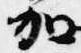
加